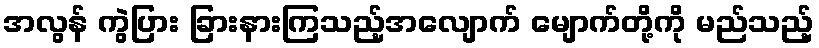
အလွန် ကွဲပြား ခြားနားကြသည့်အလျောက် မျောက်တို့ကို မည်သည့်